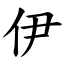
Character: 伊